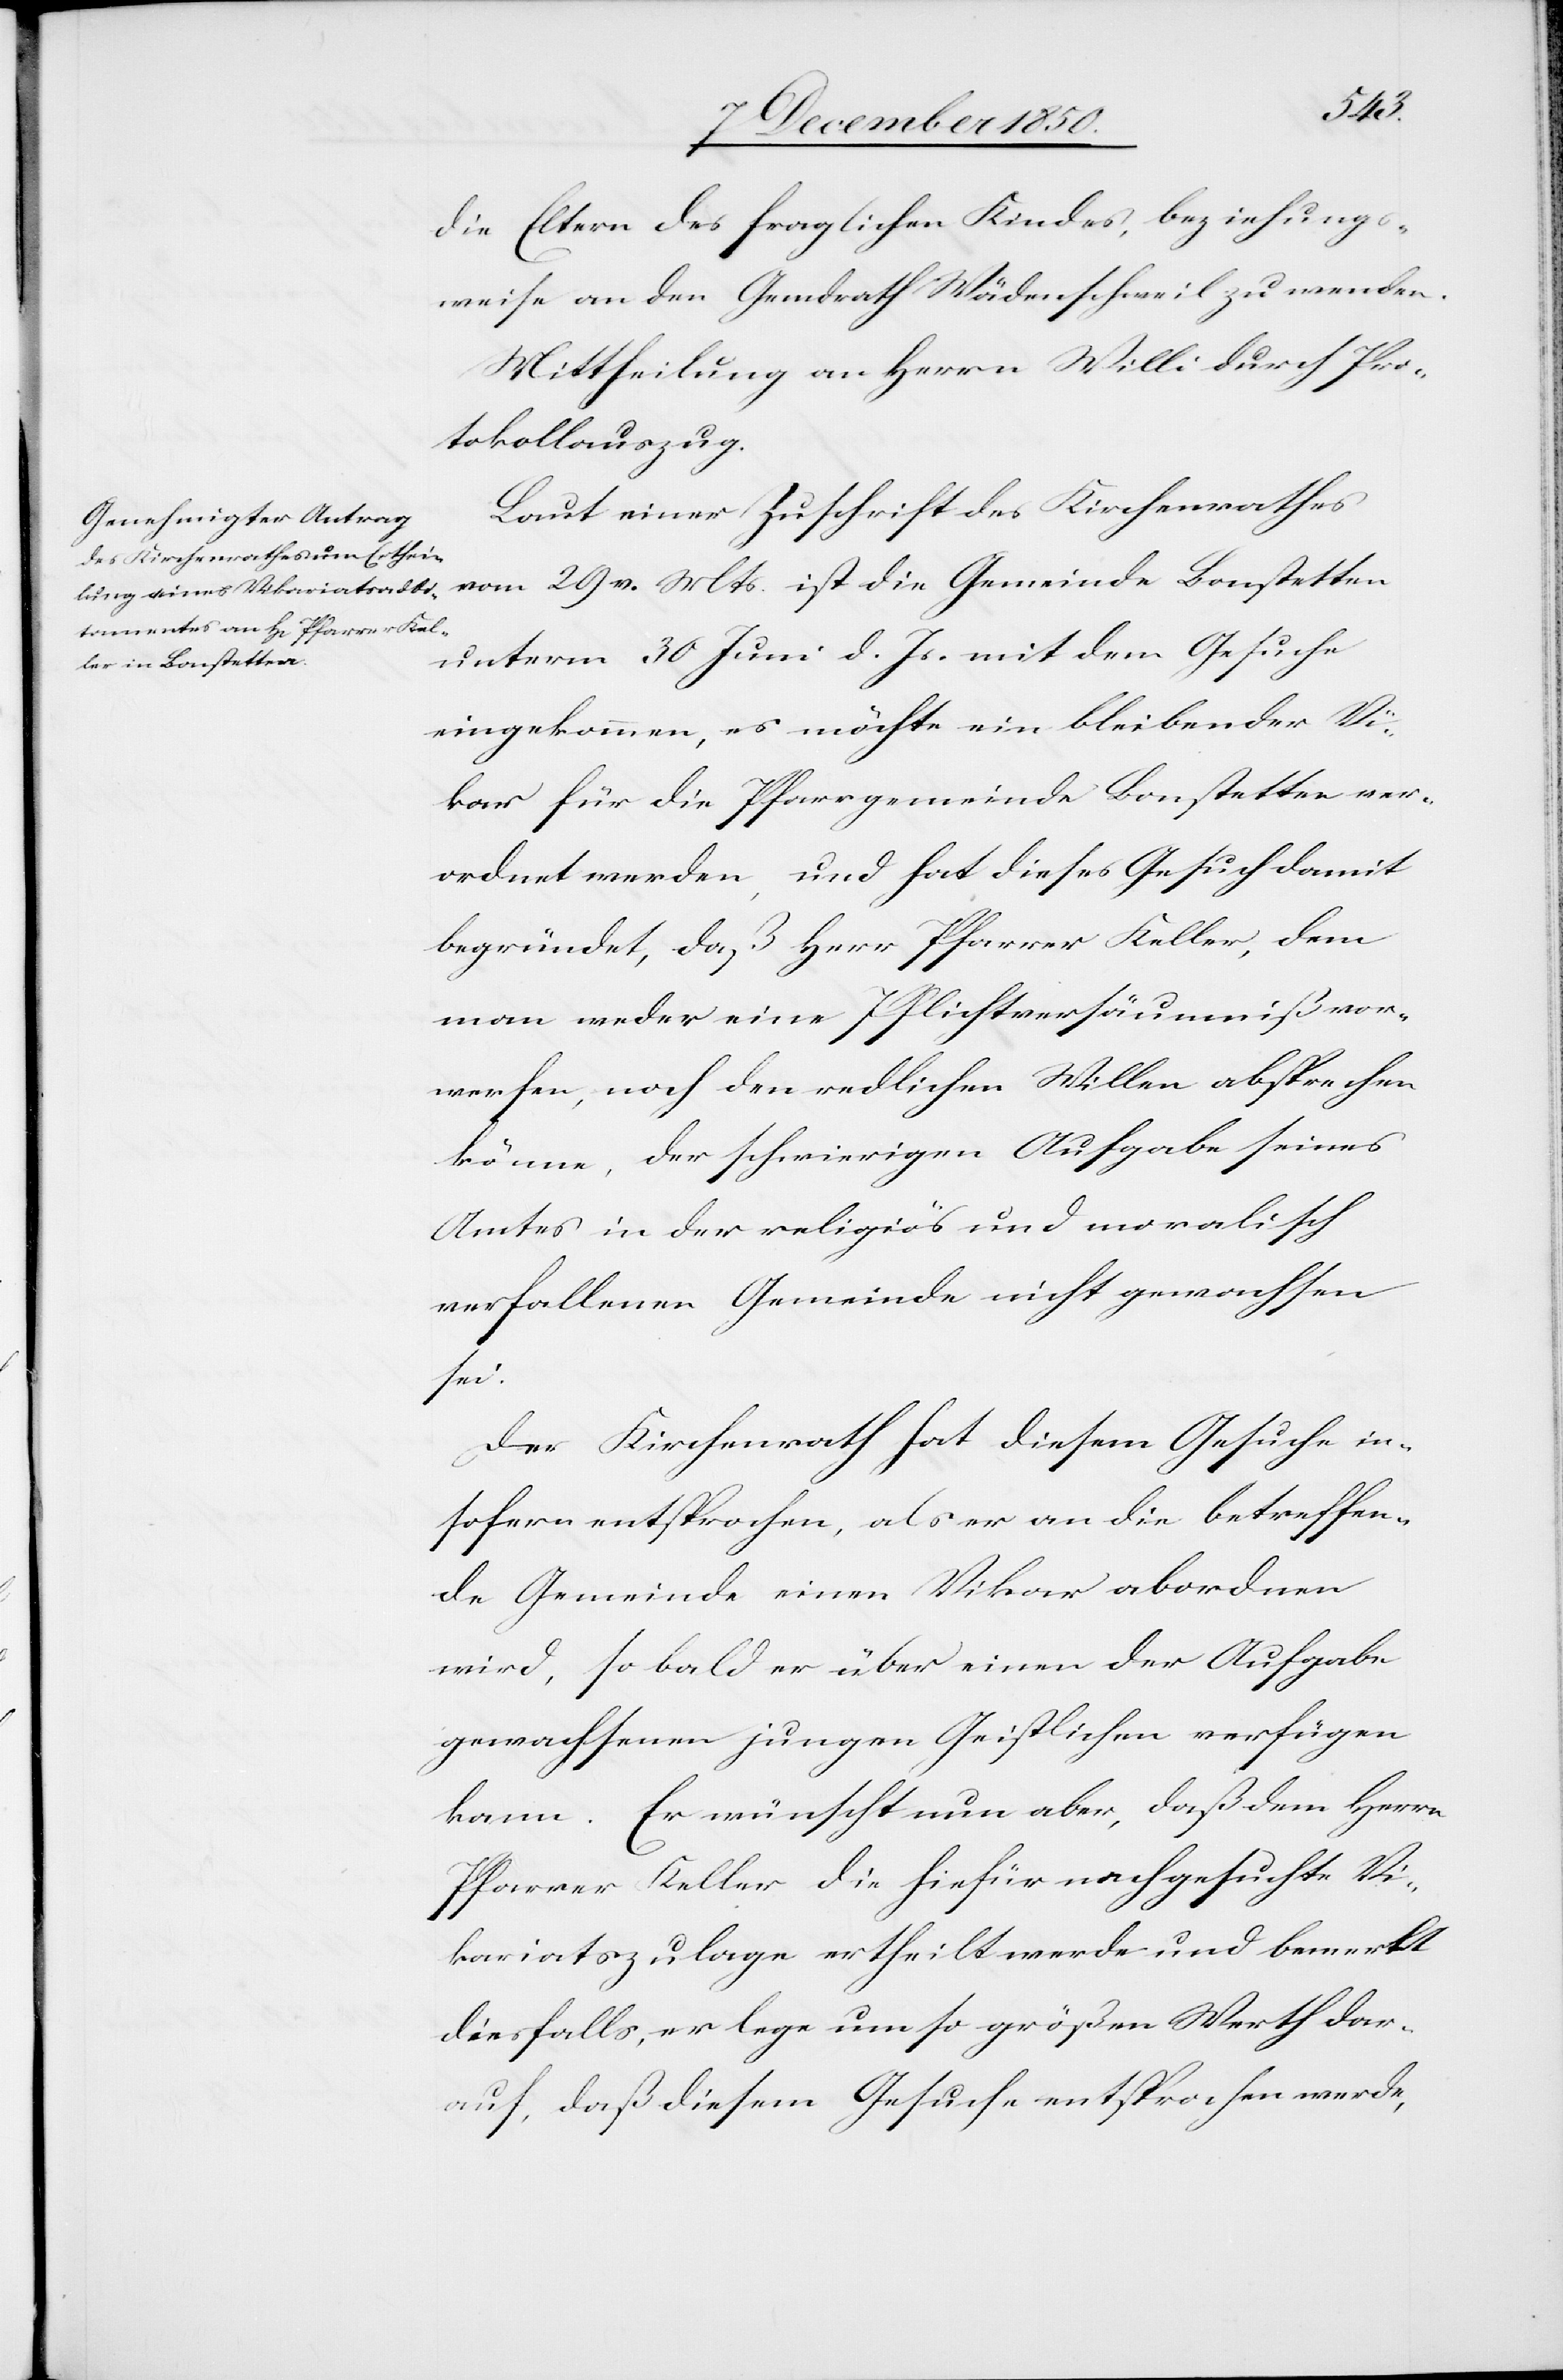
die Eltern des fraglichen Kindes, beziehungs¬
weise an den Gemdrath Wädenschweil zu wenden.
Mittheilung an Herrn Willi durch Pro¬
tokollauszug.
Laut einer Zuschrift des Kirchenrathes
vom 29 v. Mts. ist die Gemeinde Bonstetten
unterm 30 Juni d. Js. mit dem Gesuche
eingekommen, es möchte ein bleibender Vi¬
kar für die Pfarrgemeinde Bonstetten ver¬
ordnet werden, und hat dieses Gesuch damit
begründet, daß Herr Pfarrer Keller, dem
man weder eine Pflichtversäumniß vor¬
werfen, noch den redlichen Willen absprechen
könne, der schwierigen Aufgabe seines
Amtes in der religiös und moralisch
verfallenen Gemeinde nicht gewachsen
sei.
Der Kirchenrath hat diesem Gesuche in
sofern entsprochen, als er an die betreffen¬
de Gemeinde einen Vikar abordnen
wird, so bald er über einen der Aufgabe
gewachsenen jungen Geistlichen verfügen
kann. Er wünscht nun aber, daß dem Herrn
Pfarrer Keller die hiefür nachgesuchte Vi¬
kariatszulage ertheilt werde und bemerkt
diesfalls, er lege umso größe[r]n Werth dar¬
auf, daß diesem Gesuche entsprochen werde,